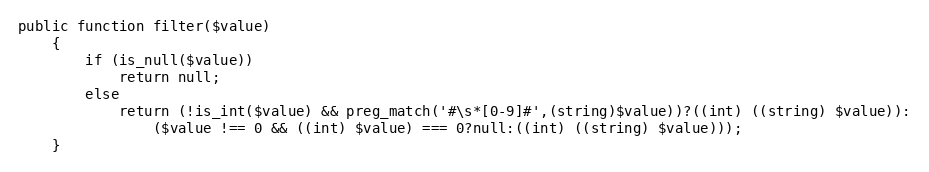
Language: PHP
public function filter($value)
    {
	    if (is_null($value))
		    return null;
	    else
            return (!is_int($value) && preg_match('#\s*[0-9]#',(string)$value))?((int) ((string) $value)):
	            ($value !== 0 && ((int) $value) === 0?null:((int) ((string) $value)));
    }